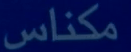
مكناس